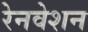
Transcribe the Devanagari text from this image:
रेनवेशन